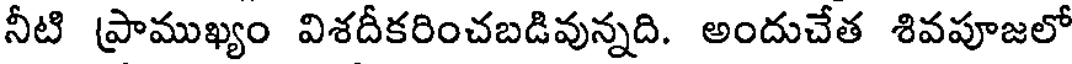
నీటి ప్రాముఖ్యం విశదీకరించబడివున్నది. అందుచేత శివపూజలో